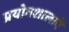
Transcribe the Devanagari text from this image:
प्रयोगशालाऐं